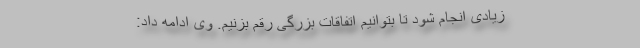
زیادی انجام شود تا بتوانیم اتفاقات بزرگی رقم بزنیم. وی ادامه داد: